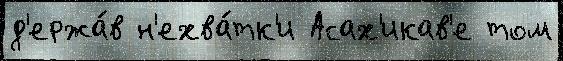
д'ержа́в н'ехва́тк'и Асах'икав'е том